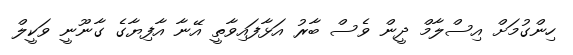
ހިންގުމަށް އިސްލާމް ދީން ވެސް ބާރު އަޅާފައިވާތީ އޭނާ އާފިޔާގެ ގާނޫނީ ވަކީލް